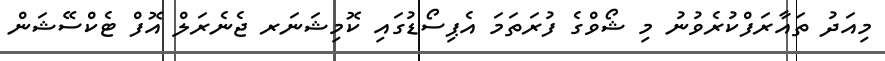
މިއަދު ތައާރަފްކުރެވުނު މި ޝޯވްގެ ފުރަތަމަ އެޕިސޯޑުގައި ކޮމިޝަނަރ ޖެނެރަލް އޮފް ޓެކްސޭޝަން